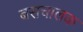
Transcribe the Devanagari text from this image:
बसचालक